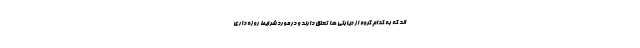
اند که به کدام گروه از دیابتی ها تعلق دارند و درمورد شرایط روزه داری